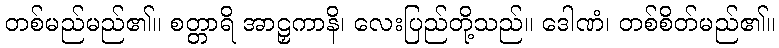
တစ်မည်မည်၏။ စတ္တာရိ အာဠှကာနိ၊ လေးပြည်တို့သည်။ ဒေါဏံ၊ တစ်စိတ်မည်၏။